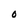
Character: O